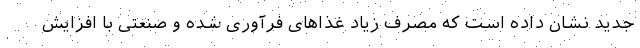
جدید نشان داده است که مصرف زیاد غذا‌های فرآوری شده و صنعتی با افزایش